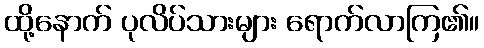
ထို့နောက် ပုလိပ်သားများ ရောက်လာကြ၏။